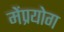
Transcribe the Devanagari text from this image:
मेंप्रयोग